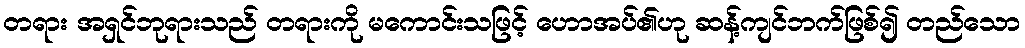
တရား အရှင်ဘုရားသည် တရားကို မကောင်းသဖြင့် ဟောအပ်၏ဟု ဆန့်ကျင်ဘက်ဖြစ်၍ တည်သော